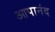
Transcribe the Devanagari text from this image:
आपानंद